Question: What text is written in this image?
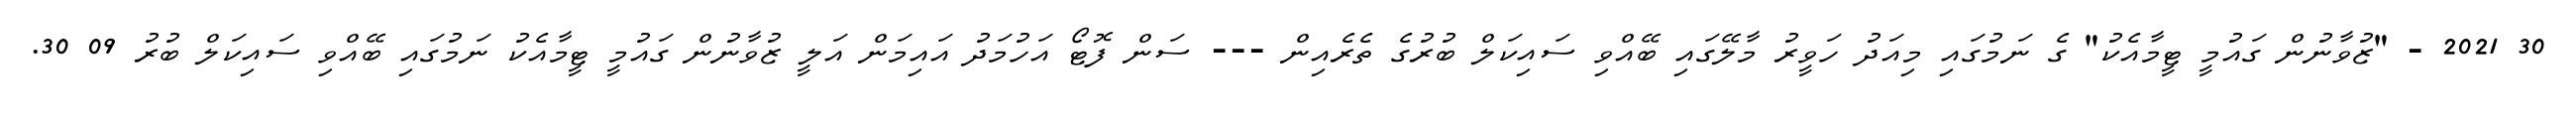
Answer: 30 2021 - "ޒުވާނުން ގައުމީ ޓީމާއެކު" ގެ ނަމުގައި މިއަދު ހަވީރު މާލޭގައި ބޭއްވި ސައިކަލް ބުރުގެ ތެރެއިން --- ސަން ފޮޓޯ އަހުމަދު އައިމަން އަލީ ޒުވާނުން ގައުމީ ޓީމާއެކު ނަމުގައި ބޭއްވި ސައިކަލް ބުރު 09 30.